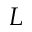
L